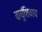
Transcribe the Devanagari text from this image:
वायूंशिवाय